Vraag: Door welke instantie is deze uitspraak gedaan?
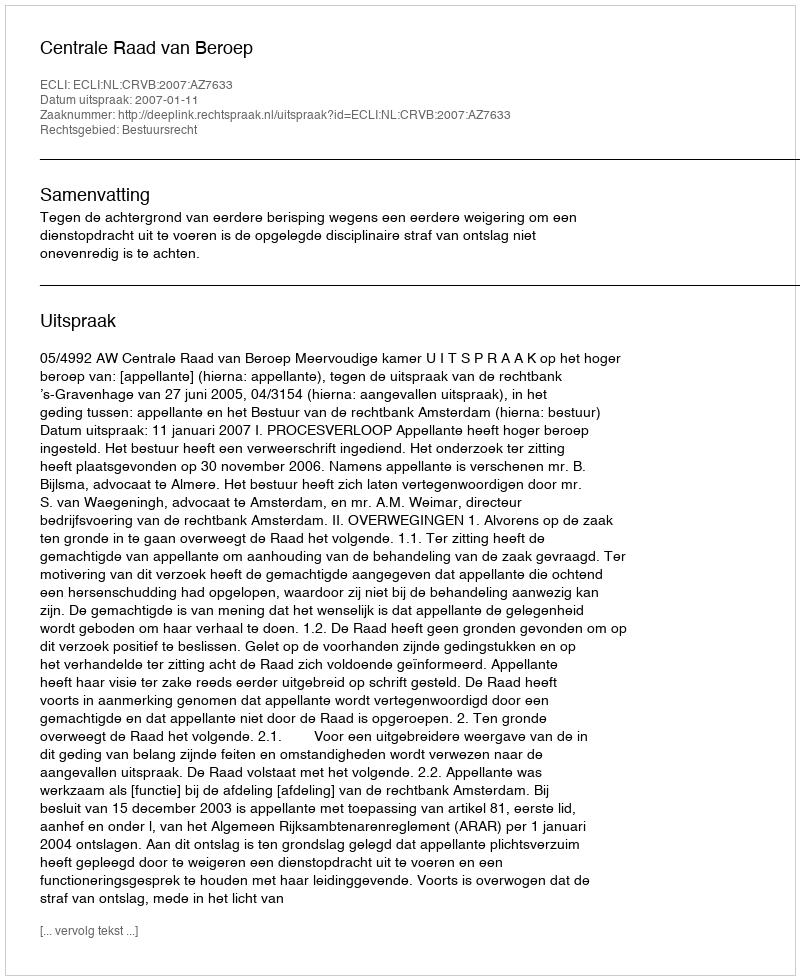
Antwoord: Centrale Raad van Beroep